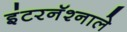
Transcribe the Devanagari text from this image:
इंटरनॅश्नाले